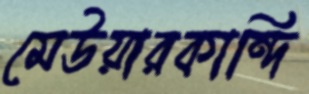
মেউয়ারকান্দি